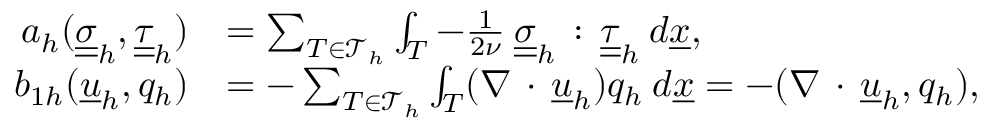
\begin{array} { r l } { a _ { h } ( \underline { { \underline { { \sigma } } } } _ { h } , \underline { { \underline { { \tau } } } } _ { h } ) } & { = \sum _ { T \in \mathcal { T } _ { h } } \int _ { T } - \frac { 1 } { 2 \nu } \: \underline { { \underline { { \sigma } } } } _ { h } \, : \, \underline { { \underline { { \tau } } } } _ { h } \: d \underline { { x } } , } \\ { b _ { 1 h } ( \underline { { u } } _ { h } , q _ { h } ) } & { = - \sum _ { T \in \mathcal { T } _ { h } } \int _ { T } ( \nabla \, \cdot \, \underline { { u } } _ { h } ) q _ { h } \: d \underline { { x } } = - ( \nabla \, \cdot \, \underline { { u } } _ { h } , q _ { h } ) , } \end{array}